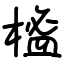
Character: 榓